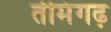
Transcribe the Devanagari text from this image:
तीमंगढ़